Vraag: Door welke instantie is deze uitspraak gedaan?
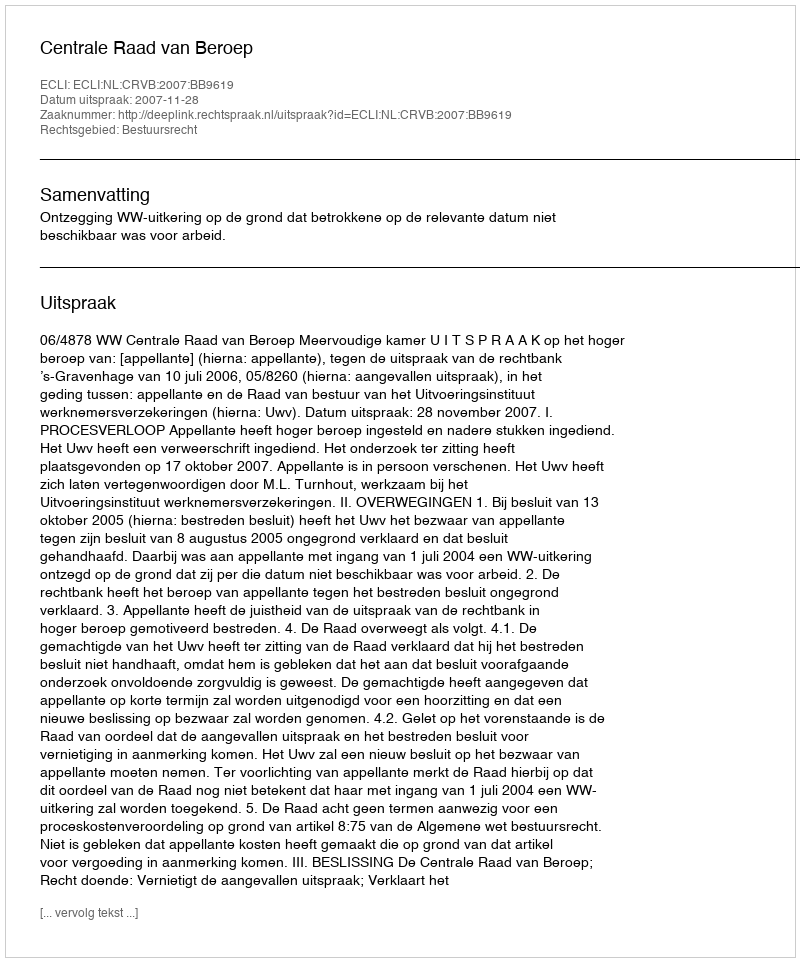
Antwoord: Centrale Raad van Beroep